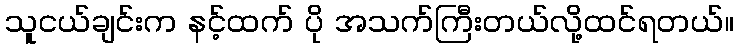
သူငယ်ချင်းက နင့်ထက် ပို အသက်ကြီးတယ်လို့ထင်ရတယ်။